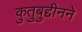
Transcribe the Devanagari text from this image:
कुतुबुद्दीनने